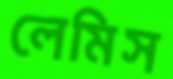
লেমিস